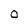
Character: O